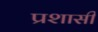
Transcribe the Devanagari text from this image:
प्रशासी